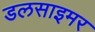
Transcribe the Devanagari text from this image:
डलसाइमर